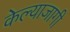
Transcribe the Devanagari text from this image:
केल्याजागी